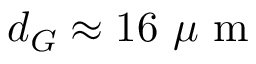
d _ { G } \approx 1 6 ~ \mu \textrm { m }